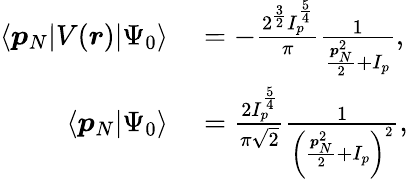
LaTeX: \begin{array}{rl}{\langle\boldsymbol{p}_{N}|V(\boldsymbol{r})|\Psi_{0}\rangle}&{{}=-\frac{2^{\frac{3}{2}}I_{p}^{\frac{5}{4}}}{\pi}\frac{1}{\frac{\boldsymbol{p}_{N}^{2}}{2}+I_{p}},}\\ {\langle\boldsymbol{p}_{N}|\Psi_{0}\rangle}&{{}=\frac{2I_{p}^{\frac{5}{4}}}{\pi\sqrt{2}}\frac{1}{\left(\frac{\boldsymbol{p}_{N}^{2}}{2}+I_{p}\right)^{2}},}\end{array}